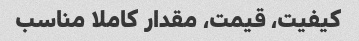
کیفیت، قیمت، مقدار کاملا مناسب